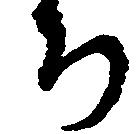
ち